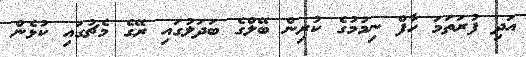
އަދި ފުރަތަމަ ހާފް ނިމުމުގެ ކުރިން ބޭލްގެ ބަދަލުގައި ރޭގެ މެޗުގައި ކުޅެން